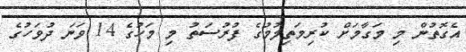
އެގޮތުން މި މަގާމަށް ކުރިމަތިލުމުގެ ފުރުސަތު މި މަހުގެ 14 ވަނަ ދުވަހުގެ